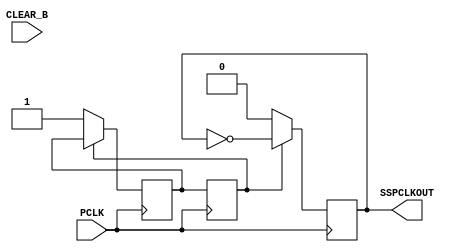
module sspclkout_module
(
    input wire PCLK,CLEAR_B, 
    output wire SSPCLKOUT
);

reg state, state_next;
localparam tick = 1'b1;

reg SSPCLKOUT_internal;

assign SSPCLKOUT = SSPCLKOUT_internal;
always @(posedge PCLK)
begin
    // if (~CLEAR_B) SSPCLKOUT <= 0;

    state = state_next;
end

always @(posedge PCLK) begin
    case (state)
        tick:begin
            SSPCLKOUT_internal <= ~SSPCLKOUT_internal;
        end
        default: begin 
            // count_next = 0;
            state_next = tick;
            SSPCLKOUT_internal = 0; 
        end
    endcase 
end   

endmodule